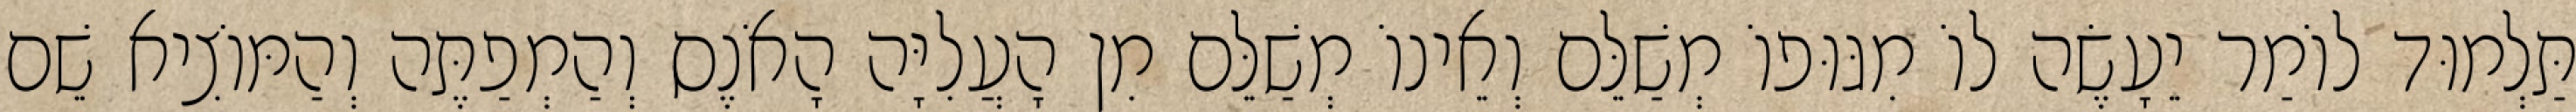
תַּלְמוּד לוֹמַר יֵעָשֶׂה לוֹ מִגּוּפוֹ מְשַׁלֵּם וְאֵינוֹ מְשַׁלֵּם מִן הָעֲלִיָּה הָאֹנֶס וְהַמְפַתֶּה וְהַמּוֹצִיא שֵׁם